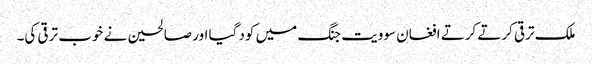
ملک ترقی کرتے کرتے افغان سوویت جنگ میں کود گیا اور صالحین نے خوب ترقی کی۔